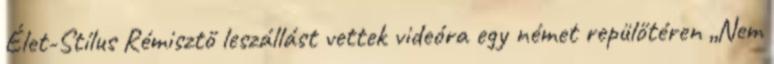
Élet-Stílus Rémisztő leszállást vettek videóra egy német repülőtéren „Nem